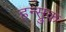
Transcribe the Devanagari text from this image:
हन्स्रुक